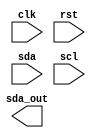
module i2c_controller (
    input wire clk,
    input wire rst,
    input wire sda,
    input wire scl,
    output reg sda_out
);

reg [1:0] state;
reg [7:0] data_reg;
reg [7:0] address_reg;

always @ (posedge clk or posedge rst) begin
    if (rst) begin
        state <= 2'b00;
        data_reg <= 8'b0;
        address_reg <= 8'b0;
    end else begin
        case (state)
            2'b00: begin // Start condition
                if (sda && scl) begin
                    state <= 2'b01;
                end
            end
            2'b01: begin // Address phase
                // Handle address transmission here
                state <= 2'b10;
            end
            2'b10: begin // Data phase
                // Handle data transmission/reception here
                state <= 2'b11;
            end
            2'b11: begin // Stop condition
                if (sda && !scl) begin
                    state <= 2'b00;
                end
            end
        endcase
    end
end

// Add clock signal generation, clock recovery, data sampling, edge detection, 
// synchronization, arbitration, and acknowledgment signal handling here

endmodule